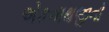
એકનાથજીનો